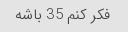
فکر کنم 35 باشه